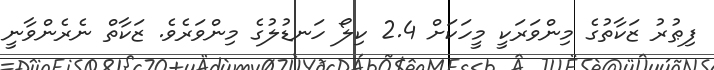
ފިޠުރު ޒަކާތުގެ މިންވަރަކީ މީހަކަށް 2.4 ކިލޯ ހަނޑުލުގެ މިންވަރެވެ. ޒަކާތް ނެރެންވާނީ